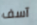
آسف